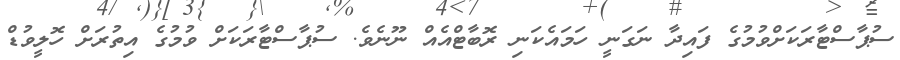
ސުޕާސްޓާރަކަށްވުމުގެ ފައިދާ ނަގަނީ ހަމައެކަނި ރޮބާޓްއެއް ނޫނެވެ. ސުޕާސްޓާރަކަށް ވުމުގެ އިތުރަށް ހޮލީވުޑް